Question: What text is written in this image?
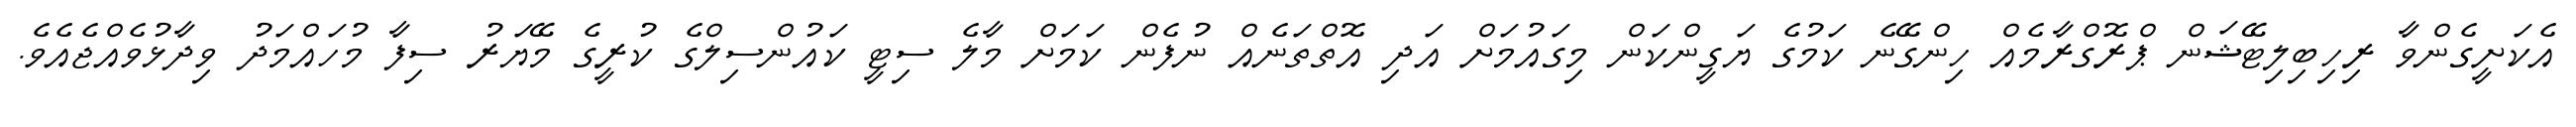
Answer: އެކަށީގެންވާ ރިހިބިލިޓޭޝަން ޕްރޮގްރާމެއް ހިންގޭނެ ކަމުގެ ޔަގީންކަން މިގައުމަށް އަދި އޮތްތަނެއް ނުފެން ކަމަށް މާލެ ސިޓީ ކައުންސިލްގެ ކުރީގެ މޭޔަރު ސިފާ މުހައްމަދު ވިދާޅުވެއްޖެއެވެ.